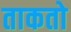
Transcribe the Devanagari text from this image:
ताकतो